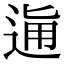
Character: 𨓛